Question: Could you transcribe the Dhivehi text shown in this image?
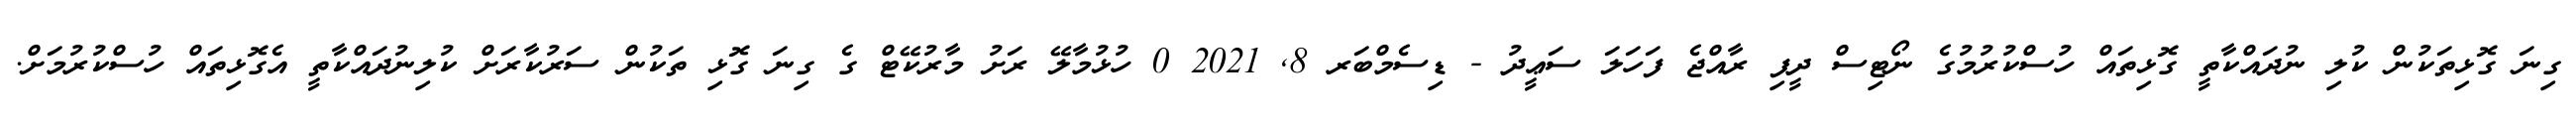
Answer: ގިނަ ގޮޅިތަކުން ކުލި ނުދައްކާތީ ގޮޅިތައް ހުސްކުރުމުގެ ނޯޓިސް ދީފި ރާއްޖެ ފަހަލަ ސަޢީދު - ޑިސެމްބަރ 8, 2021 0 ހުޅުމާލޭ ރަށު މާރުކޭޓް ގެ ގިނަ ގޮޅި ތަކުން ސަރުކާރަށް ކުލިނުދައްކާތީ އެގޮޅިތައް ހުސްކުރުމަށް.